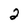
Character: 2